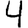
Digit: 4